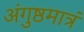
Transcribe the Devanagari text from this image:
अंगुष्ठमात्रं